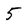
Character: 5